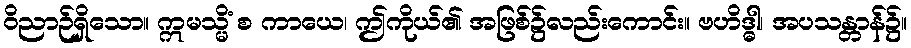
ဝိညာဉ်ရှိသော။ ဣမသ္မိံ စ ကာယေ၊ ဤကိုယ်၏ အဖြစ်၌လည်းကောင်း။ ဗဟိဒ္ဓါ၊ အပသန္တာန်၌။